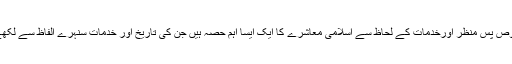
یہ مدارس اپنے مخصوص پس منظر اورخدمات کے لحاظ سے اسلامی معاشرے کا ایک ایسا اہم حصہ ہیں جن کی تاریخ اور خدمات سنہرے الفاظ سے لکھے جانے کے قابل ہیں۔